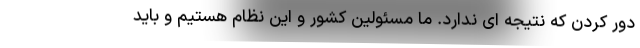
دور کردن که نتیجه ای ندارد. ما مسئولین کشور و این نظام هستیم و باید